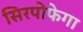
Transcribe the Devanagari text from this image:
सिरपोफेगा